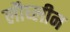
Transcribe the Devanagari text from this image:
लौघ्लीन